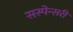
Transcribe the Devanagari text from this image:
सस्पेन्सरी